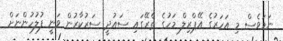
ނަމަވެސް މި އަހަރުގެ އޭޕްރިލް މަހުގެ ތެރޭގައި ސައުދީ ސަރުކާރުން ވަނީ ފުލުހުންނަށް